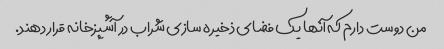
من دوست دارم که آنها یک فضای ذخیره سازی شراب در آشپزخانه قرار دهند.